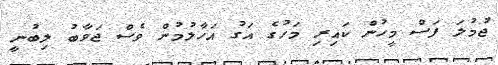
ޖުމުލަ ފަސް މީހުން ކައިރި މަހުގެ އަގު އަހާލުމުން ވެސް ޖަވާބު ލިބުނީ